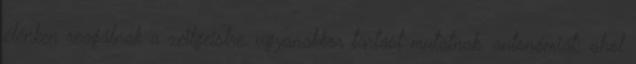
élénken reagálnak a zeitgeistre, ugyanakkor tartást mutatnak, autonómiát; ahol